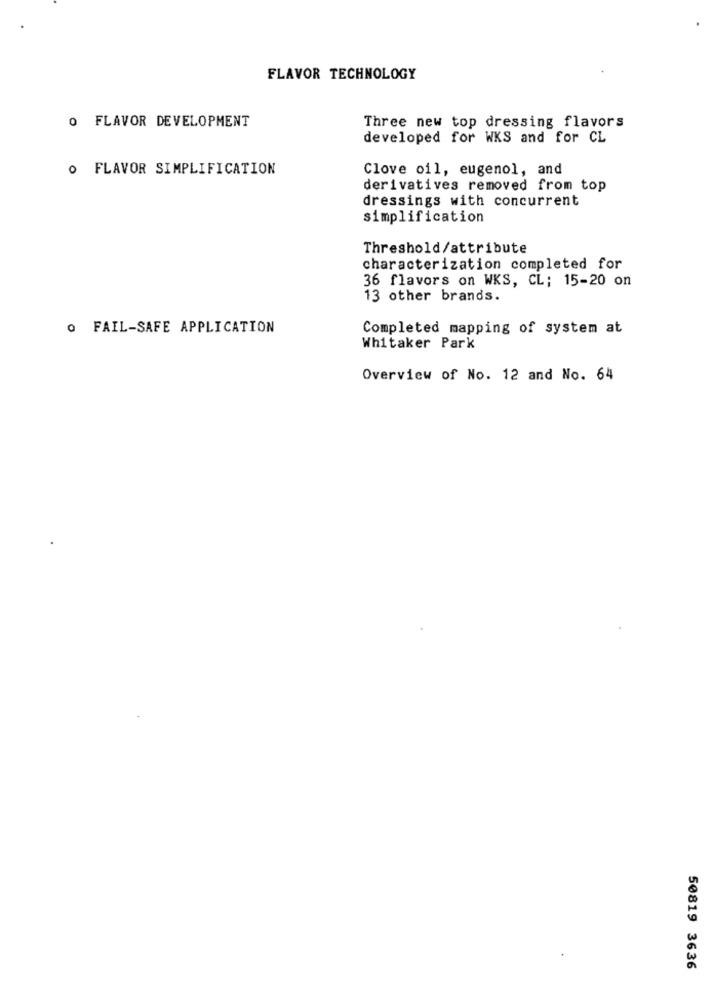
FLAVOR TECHNOLOGY
O FLAVOR DEVELOPMENT
Three new top dressing flavors
developed for WKS and for CL
O FLAVOR SIMPLIFICATION
Clove oil, eugenol, and
derivatives removed from top
dressings with concurrent
simplification
Threshold/attribute
characterization completed for
36 flavors on WKS, CL; 15-20 on
13 other brands.
o FAIL-SAFE APPLICATION
Completed mapping of system at
Whitaker Park
Overview of No. 12 and No. 64
50819 3636